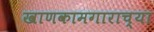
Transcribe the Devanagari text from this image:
खाणकामगाराच्या